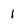
Character: 1